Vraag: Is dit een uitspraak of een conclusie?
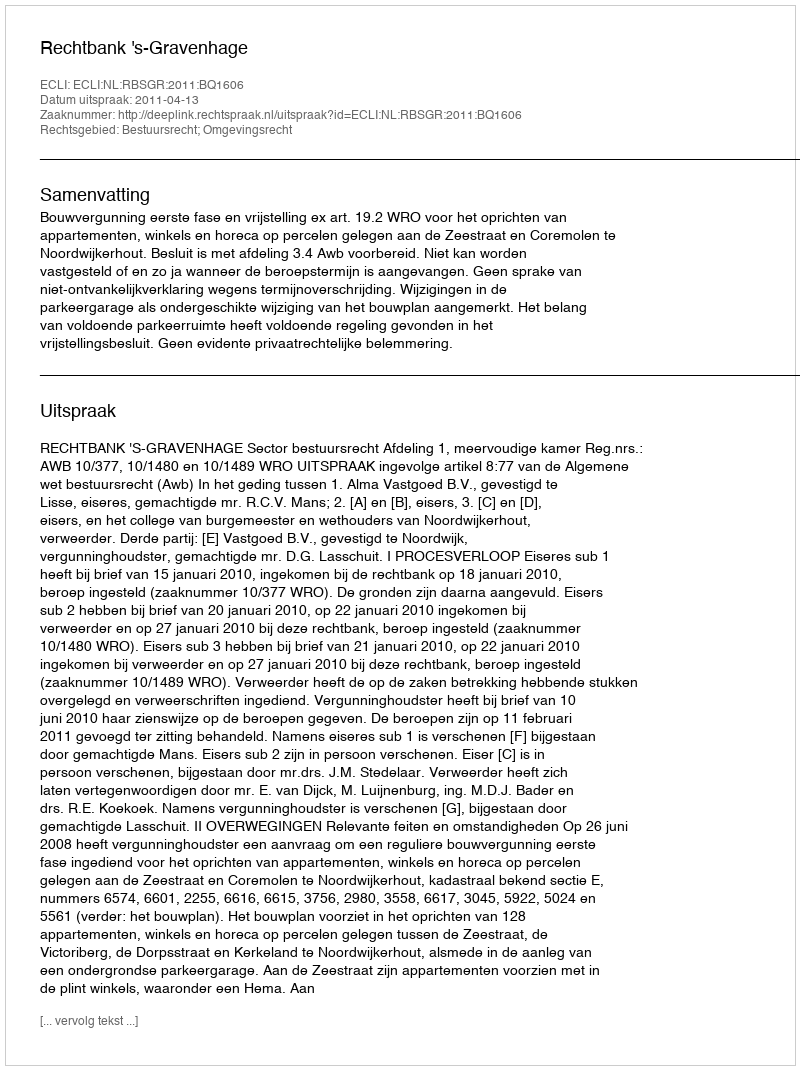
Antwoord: Uitspraak